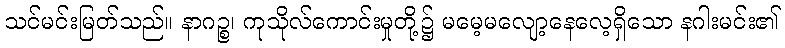
သင်မင်းမြတ်သည်။ နာဂဉ္စ၊ ကုသိုလ်ကောင်းမှုတို့၌ မမေ့မလျော့နေလေ့ရှိသော နဂါးမင်း၏